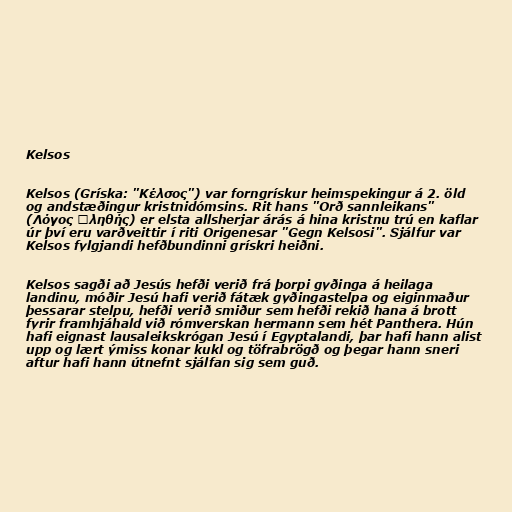
Kelsos

Kelsos (Gríska: "Κέλσος") var forngrískur heimspekingur á 2. öld
og andstæðingur kristnidómsins. Rit hans "Orð sannleikans"
(Λόγος Ἀληθής) er elsta allsherjar árás á hina kristnu trú en kaflar
úr því eru varðveittir í riti Origenesar "Gegn Kelsosi". Sjálfur var
Kelsos fylgjandi hefðbundinni grískri heiðni.

Kelsos sagði að Jesús hefði verið frá þorpi gyðinga á heilaga
landinu, móðir Jesú hafi verið fátæk gyðingastelpa og eiginmaður
þessarar stelpu, hefði verið smiður sem hefði rekið hana á brott
fyrir framhjáhald við rómverskan hermann sem hét Panthera. Hún
hafi eignast lausaleikskrógan Jesú í Egyptalandi, þar hafi hann alist
upp og lært ýmiss konar kukl og töfrabrögð og þegar hann sneri
aftur hafi hann útnefnt sjálfan sig sem guð.